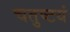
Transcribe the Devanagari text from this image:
चतुष्टयं